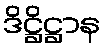
ဒိဋ္ဌိဋ္ဌာန